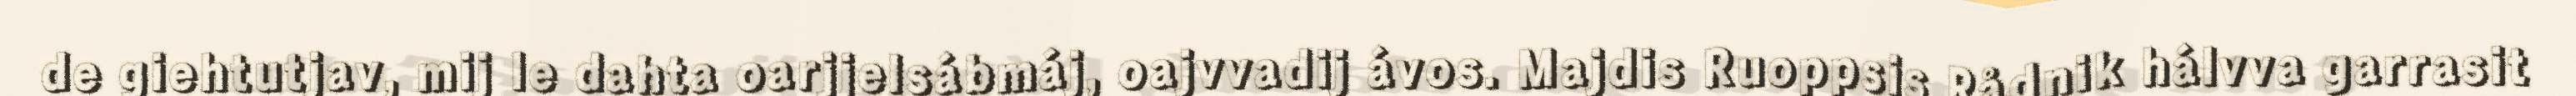
de giehtutjav, mij le dahta oarjjelsábmáj, oajvvadij ávos. Majdis Ruoppsis Rådnik hálvva garrasit